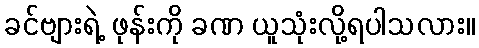
ခင်ဗျားရဲ့ ဖုန်းကို ခဏ ယူသုံးလို့ရပါသလား။